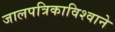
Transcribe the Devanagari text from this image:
जालपत्रिकाविश्वाने